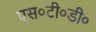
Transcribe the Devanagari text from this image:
एस०टी०डी०